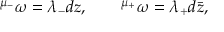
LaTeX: { } ^ { \mu _ { - } } \omega = \lambda _ { - } d z , \qquad { } ^ { \mu _ { + } } \omega = \lambda _ { + } d \bar { z } ,